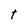
Character: t